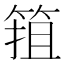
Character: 𱸄